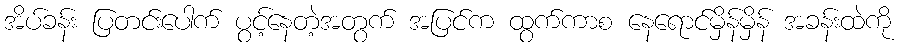
အိပ်ခန်း ပြတင်းပေါက် ပွင့်နေတဲ့အတွက် အပြင်က ထွက်ကာစ နေရောင်မှိန်မှိန် အခန်းထဲကို